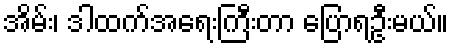
အိမ်း၊ ဒါထက်အရေးကြီးတာ ပြောရဦးမယ်။